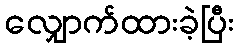
လျှောက်ထားခဲ့ပြီး